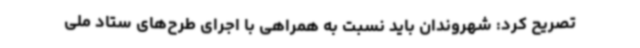
تصریح کرد: شهروندان باید نسبت به همراهی با اجرای طرح‌های ستاد ملی